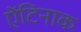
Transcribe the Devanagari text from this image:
ऐंटिनाक